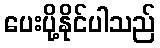
ပေးပို့နိုင်ပါသည်